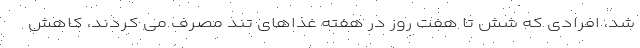
شد، افرادی که شش تا هفت روز در هفته غذاهای تند مصرف می کردند، کاهش